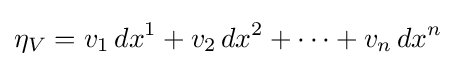
\eta _{V}=v_{1}\,dx^{1}+v_{2}\,dx^{2}+\cdots +v_{n}\,dx^{n}